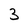
Character: 3